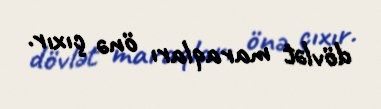
dövlət maraqları önə çıxır.